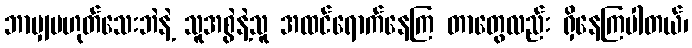
ဘာမျှမဟုတ်သေးဘဲနဲ့ သူအစွဲနဲ့သူ အထင်ရောက်နေကြ တာတွေလည်း ရှိနေကြပါတယ်၊